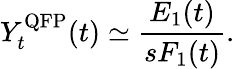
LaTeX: Y_{t}^{\mathrm{QFP}}(t)\simeq\frac{E_{1}(t)}{sF_{1}(t)}.